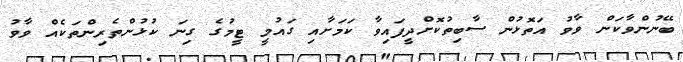
ބޭނުންވާކަން ވާވު އަތޮޅުން ސާބިތުކޮށްދީފައިވާ ކަމަށާއި ގައުމީ ޓީމުގެ ގިނަ ކުޅުންތެރިންތަކެއް ވާވު